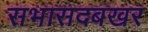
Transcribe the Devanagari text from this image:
सभासदबखर